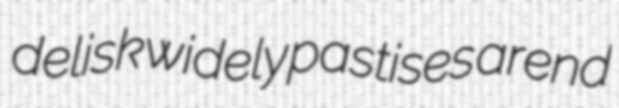
delisk widely pastises arend